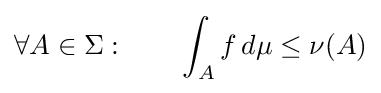
\forall A\in \Sigma :\qquad \int _{A}f\,d\mu \leq \nu (A)